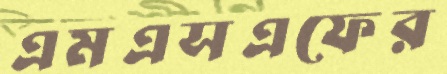
এমএসএফের